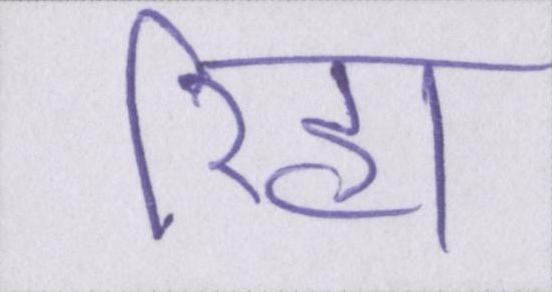
रिहा